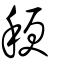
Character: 稉